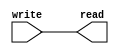

// write: 4 bits to be written to the flag register. Wire these to the flag output of the ALU

// read: 4 bits holding the current value of the flags. Wire these to the flag input of the ALU

module flags_register (write, read);
    input [3:0] write;
    output reg [3:0] read;

    always @ (write)
    begin
        read = write;
    end
endmodule